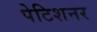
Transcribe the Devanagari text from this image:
पेटिशनर